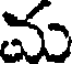
మ